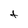
Character: t